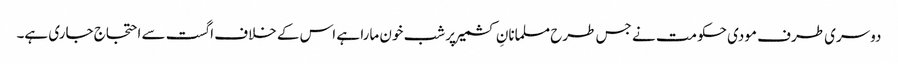
دوسری طرف مودی حکومت نے جس طرح مسلمانانِ کشمیر پر شب خون مارا ہے اس کے خلاف اگست سے احتجاج جاری ہے۔